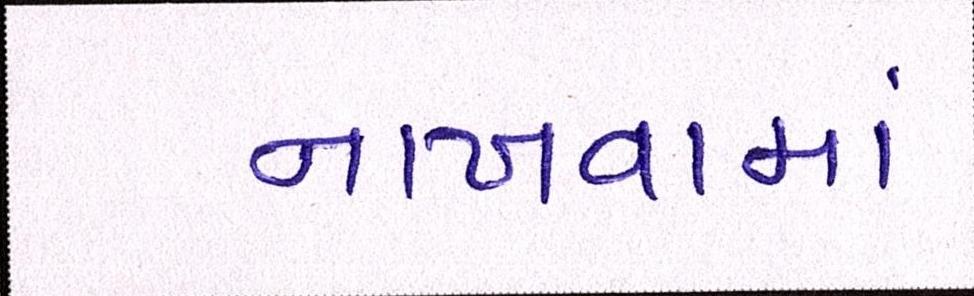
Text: નાખવામાં